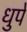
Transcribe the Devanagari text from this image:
धुपे